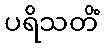
ပရိသတိံ